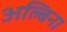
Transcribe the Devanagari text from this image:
अल्बिना